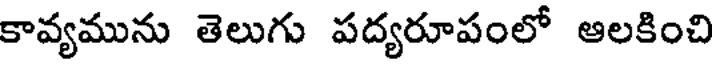
కావ్యమును తెలుగు పద్యరూపంలో ఆలకించి